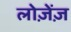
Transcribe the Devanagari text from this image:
लोज़ेंज़